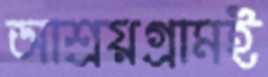
আশ্রয়গ্রামই